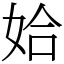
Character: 姶